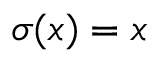
\sigma ( x ) = x